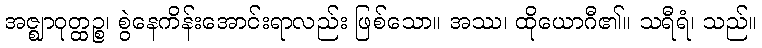
အဇ္ဈာဝုတ္ထဉ္စ၊ စွဲနေကိန်းအောင်းရာလည်း ဖြစ်သော။ အဿ၊ ထိုယောဂီ၏။ သရီရံ၊ သည်။